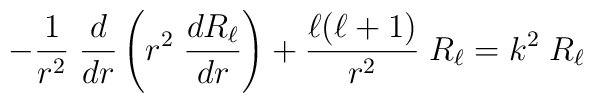
- {1\over r^2} \; {d\over dr} \left( r^2\; {dR_\ell\over dr} \right) + {\ell(\ell+1)\over r^2}\; R_\ell =k^2 \; R_\ell